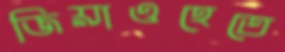
জিয়াওহেতে